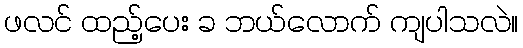
ဖလင် ထည့်ပေး ခ ဘယ်လောက် ကျပါသလဲ။